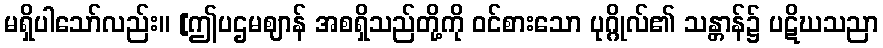
မရှိပါသော်လည်း။ [ဤပဌမဈာန် အစရှိသည်တို့ကို ဝင်စားသော ပုဂ္ဂိုလ်၏ သန္တာန်၌ ပဋိဃသညာ